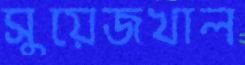
সুয়েজখাল